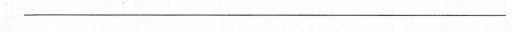
___